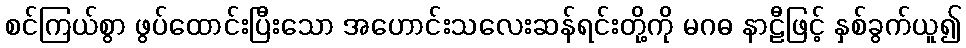
စင်ကြယ်စွာ ဖွပ်ထောင်းပြီးသော အဟောင်းသလေးဆန်ရင်းတို့ကို မဂဓ နာဠီဖြင့် နှစ်ခွက်ယူ၍